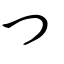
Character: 卿